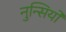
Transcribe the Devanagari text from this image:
नुन्सियो